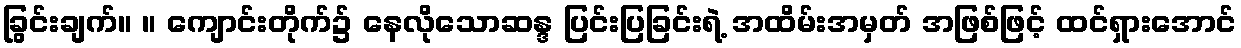
ခြွင်းချက်။ ။ ကျောင်းတိုက်၌ နေလိုသောဆန္ဒ ပြင်းပြခြင်းရဲ့ အထိမ်းအမှတ် အဖြစ်ဖြင့် ထင်ရှားအောင်